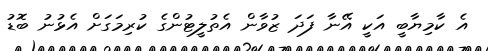
އެ ކާމިޔާބީ އަކީ އޭނާ ފަދަ ޒުވާން އެތުލީޓުންގެ ކުރިމަގަށް އެޅުނު ބޮޑު